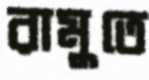
রামুতে